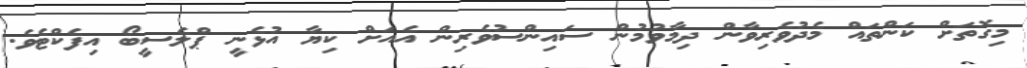
މިގޮތަށް ކަންތައް މެދުވެރިވާން ދިމާވުމުން ސައިންސުވެރިން އެއަށް ކިޔާ އުޅެނީ ޕްލެސީބޯ އިފެކްޓެވެ.